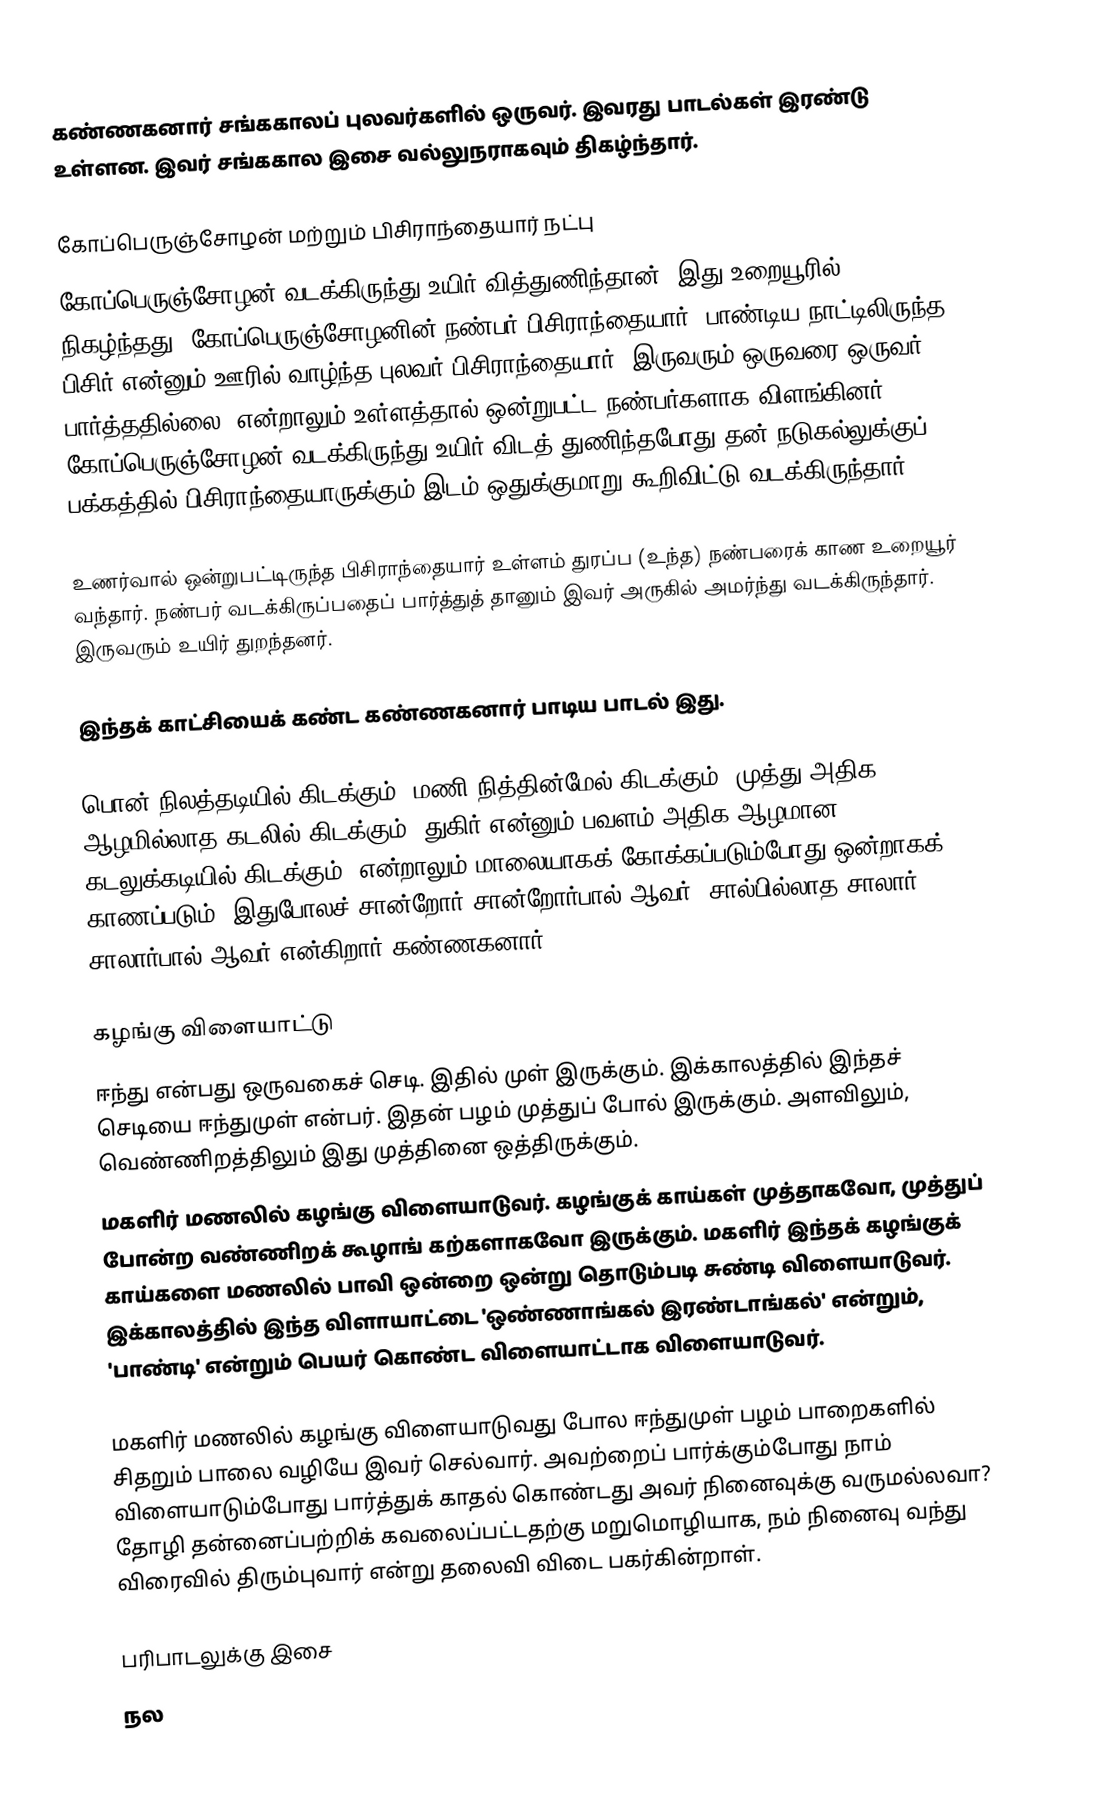
கண்ணகனார் சங்ககாலப் புலவர்களில் ஒருவர். இவரது பாடல்கள் இரண்டு உள்ளன. இவர் சங்ககால இசை வல்லுநராகவும் திகழ்ந்தார்.

கோப்பெருஞ்சோழன் மற்றும் பிசிராந்தையார் நட்பு
கோப்பெருஞ்சோழன் வடக்கிருந்து உயிர் வித்துணிந்தான். இது உறையூரில் நிகழ்ந்தது. கோப்பெருஞ்சோழனின் நண்பர் பிசிராந்தையார். பாண்டிய நாட்டிலிருந்த பிசிர் என்னும் ஊரில் வாழ்ந்த புலவர் பிசிராந்தையார். இருவரும் ஒருவரை ஒருவர் பார்த்ததில்லை. என்றாலும் உள்ளத்தால் ஒன்றுபட்ட நண்பர்களாக விளங்கினர். கோப்பெருஞ்சோழன் வடக்கிருந்து உயிர் விடத் துணிந்தபோது தன் நடுகல்லுக்குப் பக்கத்தில் பிசிராந்தையாருக்கும் இடம் ஒதுக்குமாறு கூறிவிட்டு வடக்கிருந்தார்.

உணர்வால் ஒன்றுபட்டிருந்த பிசிராந்தையார் உள்ளம் துரப்ப (உந்த) நண்பரைக் காண உறையூர் வந்தார். நண்பர் வடக்கிருப்பதைப் பார்த்துத் தானும் இவர் அருகில் அமர்ந்து வடக்கிருந்தார். இருவரும் உயிர் துறந்தனர்.

இந்தக் காட்சியைக் கண்ட கண்ணகனார் பாடிய பாடல் இது.

பொன் நிலத்தடியில் கிடக்கும்; மணி நித்தின்மேல் கிடக்கும்; முத்து அதிக ஆழமில்லாத கடலில் கிடக்கும். துகிர் என்னும் பவளம் அதிக ஆழமான கடலுக்கடியில் கிடக்கும். என்றாலும் மாலையாகக் கோக்கப்படும்போது ஒன்றாகக் காணப்படும். இதுபோலச் சான்றோர் சான்றோர்பால் ஆவர். சால்பில்லாத சாலார் சாலார்பால் ஆவர் என்கிறார் கண்ணகனார்.

கழங்கு விளையாட்டு
 ஈந்து என்பது ஒருவகைச் செடி. இதில் முள் இருக்கும். இக்காலத்தில் இந்தச் செடியை ஈந்துமுள் என்பர். இதன் பழம் முத்துப் போல் இருக்கும். அளவிலும், வெண்ணிறத்திலும் இது முத்தினை ஒத்திருக்கும்.
 மகளிர் மணலில் கழங்கு விளையாடுவர். கழங்குக் காய்கள் முத்தாகவோ, முத்துப் போன்ற வண்ணிறக் கூழாங் கற்களாகவோ இருக்கும். மகளிர் இந்தக் கழங்குக் காய்களை மணலில் பாவி ஒன்றை ஒன்று தொடும்படி சுண்டி விளையாடுவர். இக்காலத்தில் இந்த விளாயாட்டை 'ஒண்ணாங்கல் இரண்டாங்கல்' என்றும், 'பாண்டி' என்றும் பெயர் கொண்ட விளையாட்டாக விளையாடுவர்.

மகளிர் மணலில் கழங்கு விளையாடுவது போல ஈந்துமுள் பழம் பாறைகளில் சிதறும் பாலை வழியே இவர் செல்வார். அவற்றைப் பார்க்கும்போது நாம் விளையாடும்போது பார்த்துக் காதல் கொண்டது அவர் நினைவுக்கு வருமல்லவா?  தோழி தன்னைப்பற்றிக் கவலைப்பட்டதற்கு மறுமொழியாக, நம் நினைவு வந்து விரைவில் திரும்புவார் என்று தலைவி விடை பகர்கின்றாள்.

பரிபாடலுக்கு இசை
 நல